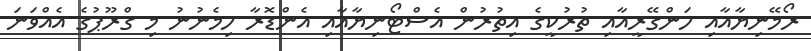
ރޯމޭނިޔާއާއި ހަންގޭރީއާއި ތުރުކީގެ އިތުރުން އެސްޓޯނިޔާއާއި އެންޑޮރާ ހިމެނުނު މި ގްރޫޕުގެ އެއްވަނަ